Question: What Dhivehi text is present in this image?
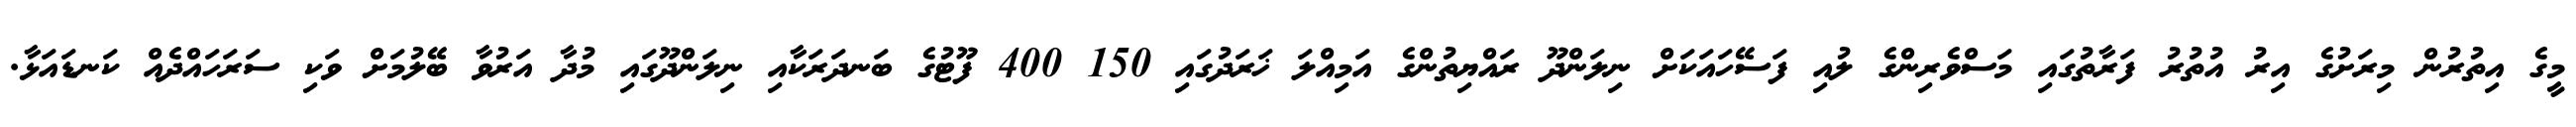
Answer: މީގެ އިތުރުން މިރަށުގެ އިރު އުތުރު ފަރާތުގައި މަސްވެރިންގެ ލުއި ފަސޭހައަކަށް ނިލަންދޫ ރައްޔިތުންގެ އަމިއްލަ ޚަރަދުގައި 150 400 ފޫޓުގެ ބަނދަރަކާއި ނިލަންދޫގައި މުދާ އަރުވާ ބޭލުމަށް ވަކި ސަރަހައްދެއް ކަނޑައަޅާ.